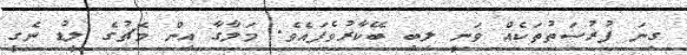
ގިނަ ފުރުސަތުތަކެއް ވަނީ ލިބި ބޭކާރުވެފައެވެ. މަލާގާ އިން މެޗުގެ ލީޑު ނެގީ